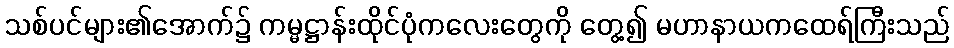
သစ်ပင်များ၏အောက်၌ ကမ္မဋ္ဌာန်းထိုင်ပုံကလေးတွေကို တွေ့၍ မဟာနာယကထေရ်ကြီးသည်